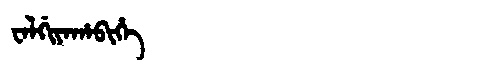
Manchu: ᠸᠠᠯᡤᡳᠶᠠᡥᠠᠪᡳᡥᡝ
Romanization: WALGIYAHABIHE